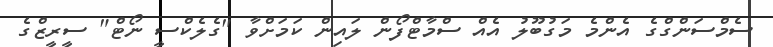
ސެމްސަންގްގެ އެންމެ މަގުބޫލު އެއް ސްމާޓްފޯން ލައިން ކަމަށްވާ "ގެލެކްސީ ނޯޓް" ސީރީޒްގެ